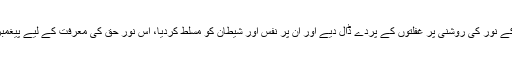
اور پھر اس جوہر کے نور کی روشنی پر غفلتوں کے پردے ڈال دیے اور ان پر نفس اور شیطان کو مسلّط کردیا، اس نورِ حق کی معرفت کے لیے پیغمبر اور رُسل بھیجے۔